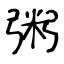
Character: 粥